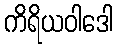
ကိရိယဝါဒေါ